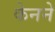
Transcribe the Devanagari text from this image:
केनने